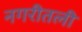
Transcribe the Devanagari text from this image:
नगरीतली